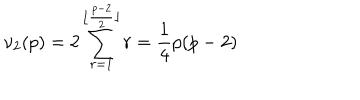
\nu _ { 2 } ( p ) = 2 \sum _ { r = 1 } ^ { \lfloor \frac { p - 2 } { 2 } \rfloor } r = \frac { 1 } { 4 } p ( p - 2 )